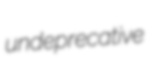
undeprecative